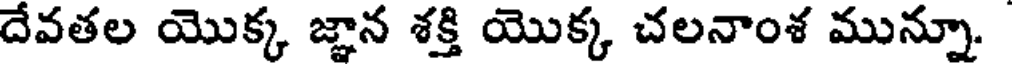
దేవతల యొక్క జ్ఞాన శక్తి యొక్క చలనాంశ మున్నూ.